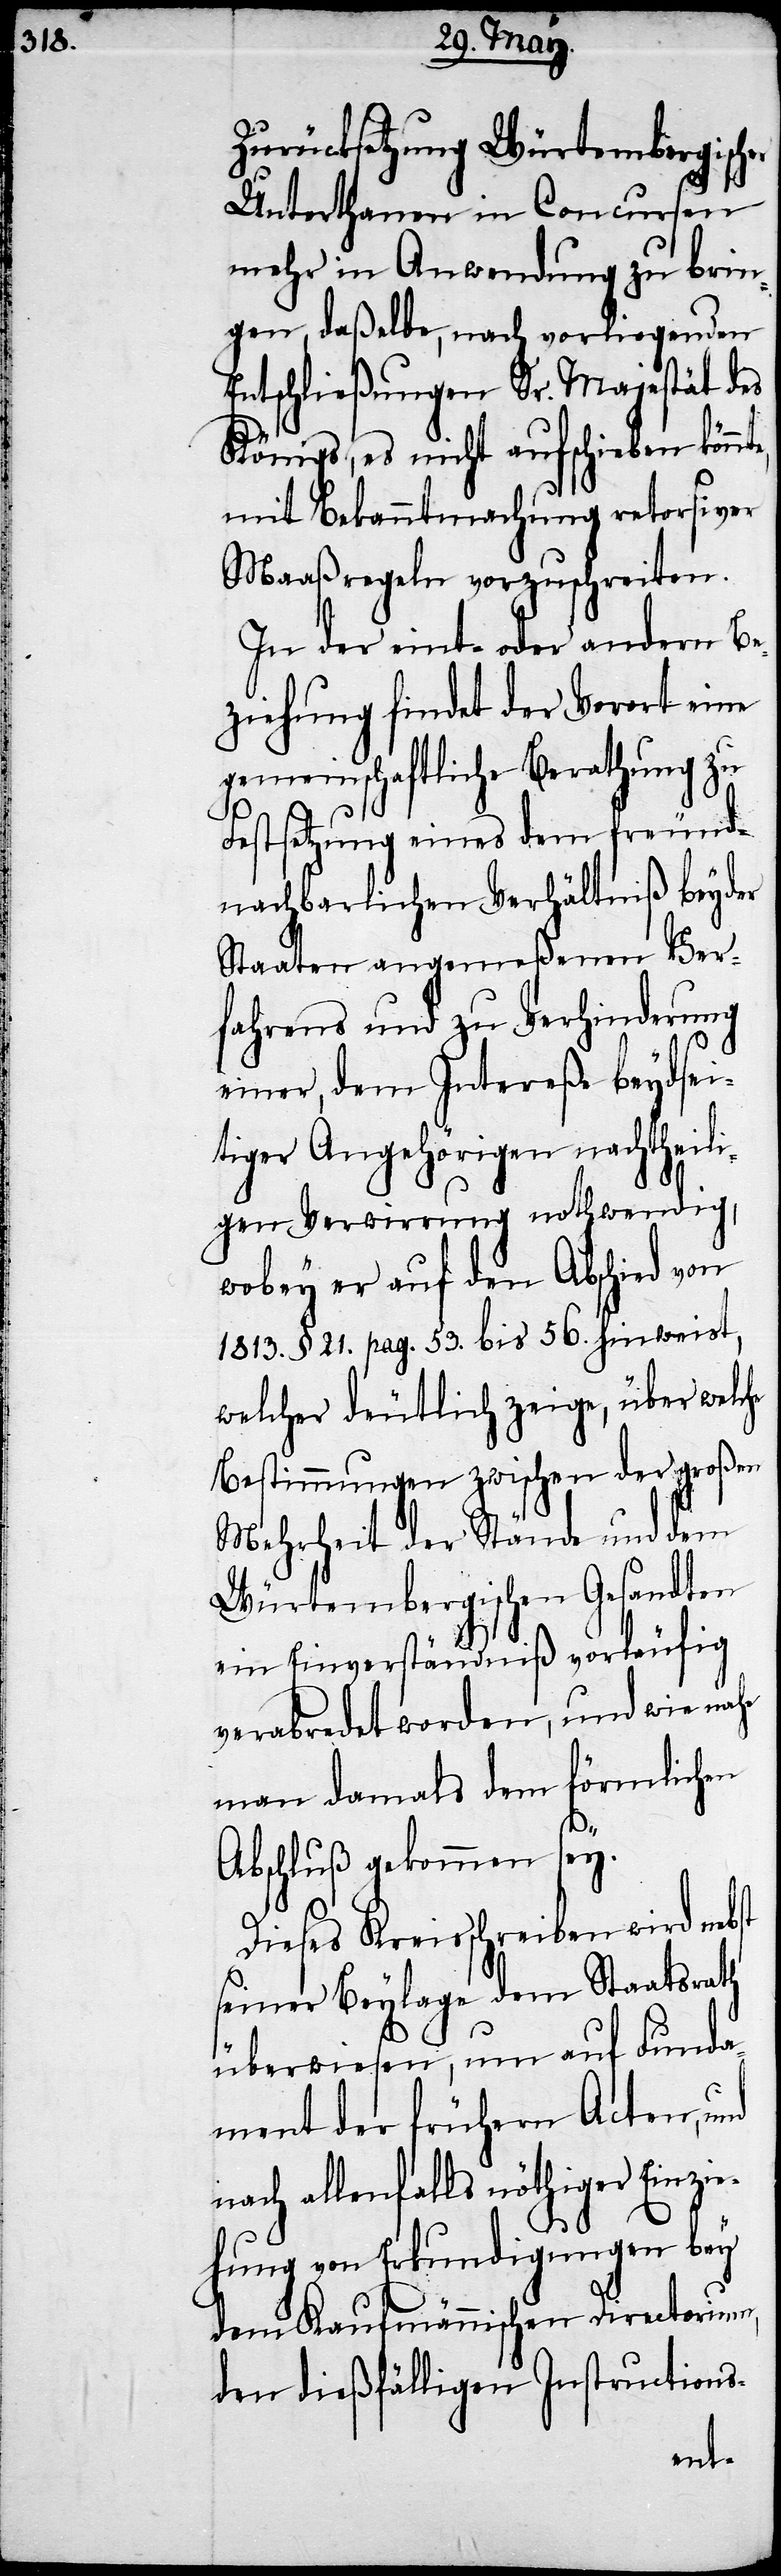
Zurücksetzung Würtembergischer
Unterthanen in Concursen
mehr in Anwendung zu brin¬
gen, daßelbe, nach vorliegenden
Entschließungen Sr. Majestät des
Königs, es nicht aufschieben kön¬
mit Bekanntmachung retorsiver
Maaßregeln vorzuschreiten.
In der eint- oder andern Be¬
ziehung findet der Vorort eine
gemeinschaftliche Berathung zu
Festsetzung eines dem freund¬
nachbarlichen Verhältniß beyder
Staaten angemeßenen Ver¬
fahrens und zu Verhinderung
einer, dem Intereße beydsei¬
tiger Angehörigen nachtheili¬
gen Verwirrung nothwendig,
wobey er auf den Abschied von
1813. §. 21. pag. 53. bis 56. hinweist,
welcher deutlich zeige, über welche
Bestimmungen zwischen der großen
Mehrheit der Stände und dem
Würtembergischen Gesandten
ein Einverständniß vorläufig
verabredet worden, und wie nahe
man damals dem förmlichen
Abschluß gekommen sey.
Dieses Kreisschreiben wird
seiner Beylage dem Staatsrath
überwiesen, um auf Funda¬
ment der frühern Acten, und
nach allenfalls nöthiger Einzie¬
hung von Erkundigungen bey
dem Kaufmännischen Directorium,
den dießfälligen Instructions-
nte,